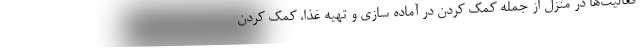
فعالیت‌ها در منزل از جمله کمک کردن در آماده سازی و تهیه غذا، کمک کردن